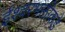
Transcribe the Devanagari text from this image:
ईश्‍वरभक्तीकडे